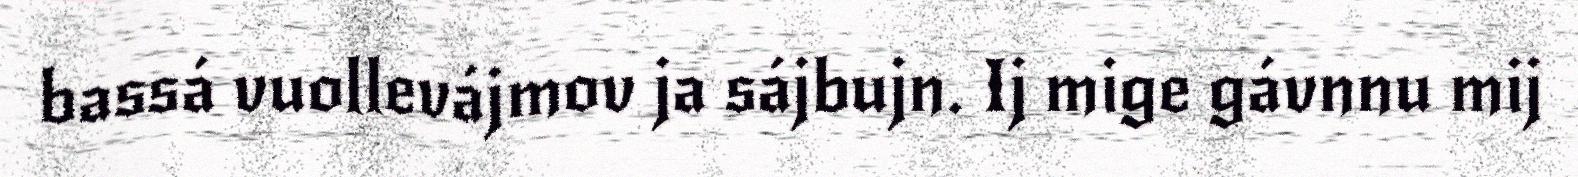
bassá vuollevájmov ja sájbujn. Ij mige gávnnu mij